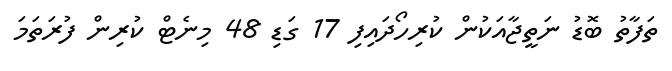
ތަފާތު ބޮޑު ނަތީޖާއަކުން ކުރިހޯދައިފި 17 ގަޑި 48 މިނެޓް ކުރިން ފުރަތަމަ